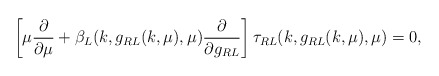
\begin{align*}\left[ \mu \frac{\partial}{\partial \mu}+ \beta_L(k,g_{RL}(k,\mu),\mu)\frac{\partial}{\partial g_{RL}}\right]\tau_{RL}(k,g_{RL}(k,\mu),\mu)=0,\end{align*}